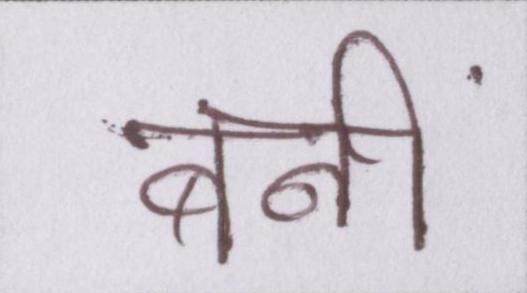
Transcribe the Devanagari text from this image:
बनीं